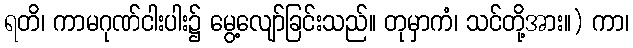
ရတိ၊ ကာမဂုဏ်ငါးပါး၌ မွေ့လျော်ခြင်းသည်။ တုမှာကံ၊ သင်တို့အား။) ကာ၊